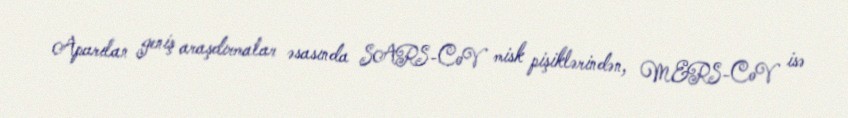
Aparılan geniş araşdırmalar əsasında SARS-CoV misk pişiklərindən, MERS-CoV isə